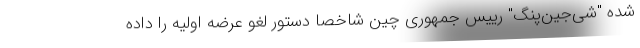
شده "شی‌جین‌پنگ" رییس جمهوری چین شاخصا دستور لغو عرضه اولیه را داده